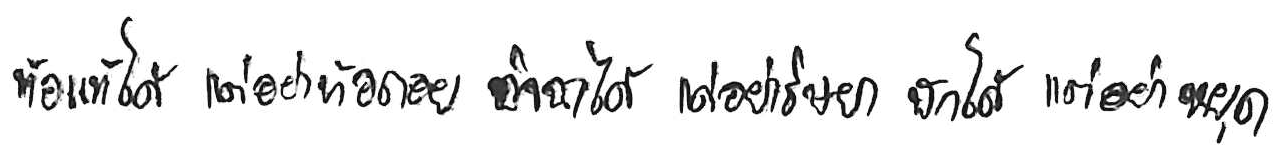
ท้อแท้ได้ แต่อย่าท้อถอย อิจฉาได้ แต่อย่าริษยา พักได้ แต่อย่าหยุด